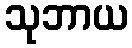
သုဘာယ